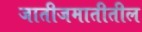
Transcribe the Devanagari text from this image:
जातीजमातीतील